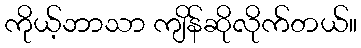
ကိုယ့်ဘာသာ ကျိန်ဆိုလိုက်တယ်။